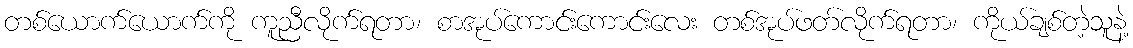
တစ်ယောက်ယောက်ကို ကူညီလိုက်ရတာ၊ စာအုပ်ကောင်းကောင်းလေး တစ်အုပ်ဖတ်လိုက်ရတာ၊ ကိုယ်ချစ်တဲ့သူနဲ့